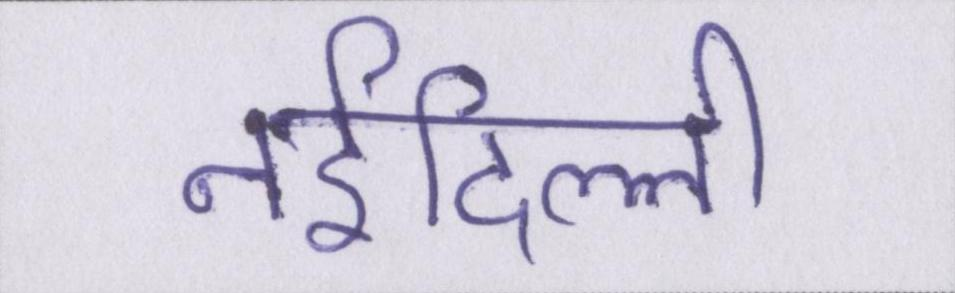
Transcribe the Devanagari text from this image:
नईदिल्ली